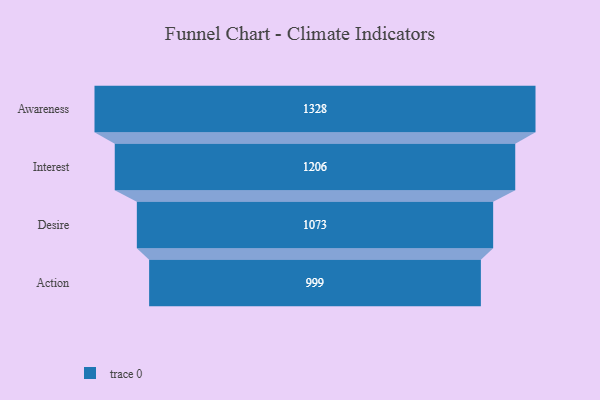
{"axis": {"x": "Stage", "y": "Value"}, "legend": [""], "data": [{"x": "Awareness", "y": 1328.0, "type": ""}, {"x": "Interest", "y": 1206.0, "type": ""}, {"x": "Desire", "y": 1073.0, "type": ""}, {"x": "Action", "y": 999.0, "type": ""}]}